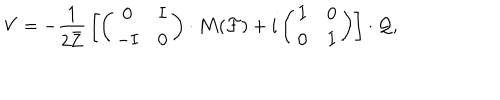
V = - { \frac { 1 } { 2 \bar { \bf Z } } } \left[ \left( \begin{matrix} { { { \bf 0 } } } & { { { \bf I } } } \\ { { - { \bf I } } } & { { { \bf 0 } } } \\ \end{matrix} \right) \cdot { \bf M } ( { \cal F } ) + i \left( \begin{matrix} { { { \bf I } } } & { { { \bf 0 } } } \\ { { { \bf 0 } } } & { { { \bf I } } } \\ \end{matrix} \right) \right] \cdot { \cal Q } ,